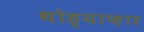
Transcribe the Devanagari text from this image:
थोड्याफ़ार